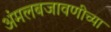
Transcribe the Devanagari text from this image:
अंमलबजावणीच्या